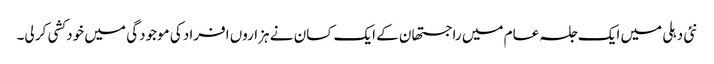
نئی دہلی میں ایک جلسہ عام میں راجستھان کے ایک کسان نے ہزاروں افراد کی موجودگی میں خود کشی کر لی۔